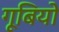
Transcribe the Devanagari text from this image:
गूबियो